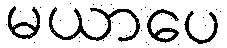
မယာပေ